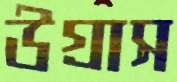
উগ্‌রাস